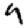
Digit: 4